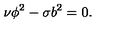
\nu \phi ^ { 2 } - \sigma b ^ { 2 } = 0 .